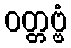
ဝတ္တဗ္ဗံ